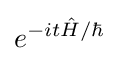
e^{-it{\hat {H}}/\hbar }